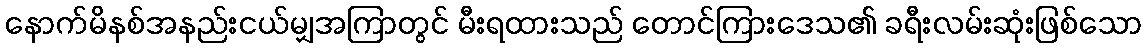
နောက်မိနစ်အနည်းငယ်မျှအကြာတွင် မီးရထားသည် တောင်ကြားဒေသ၏ ခရီးလမ်းဆုံးဖြစ်သော